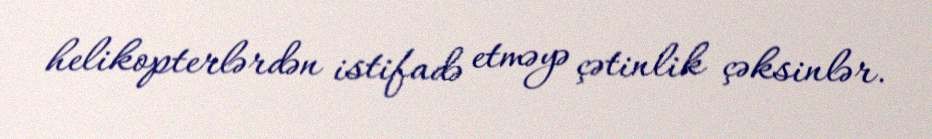
helikopterlərdən istifadə etməyə çətinlik çəksinlər.